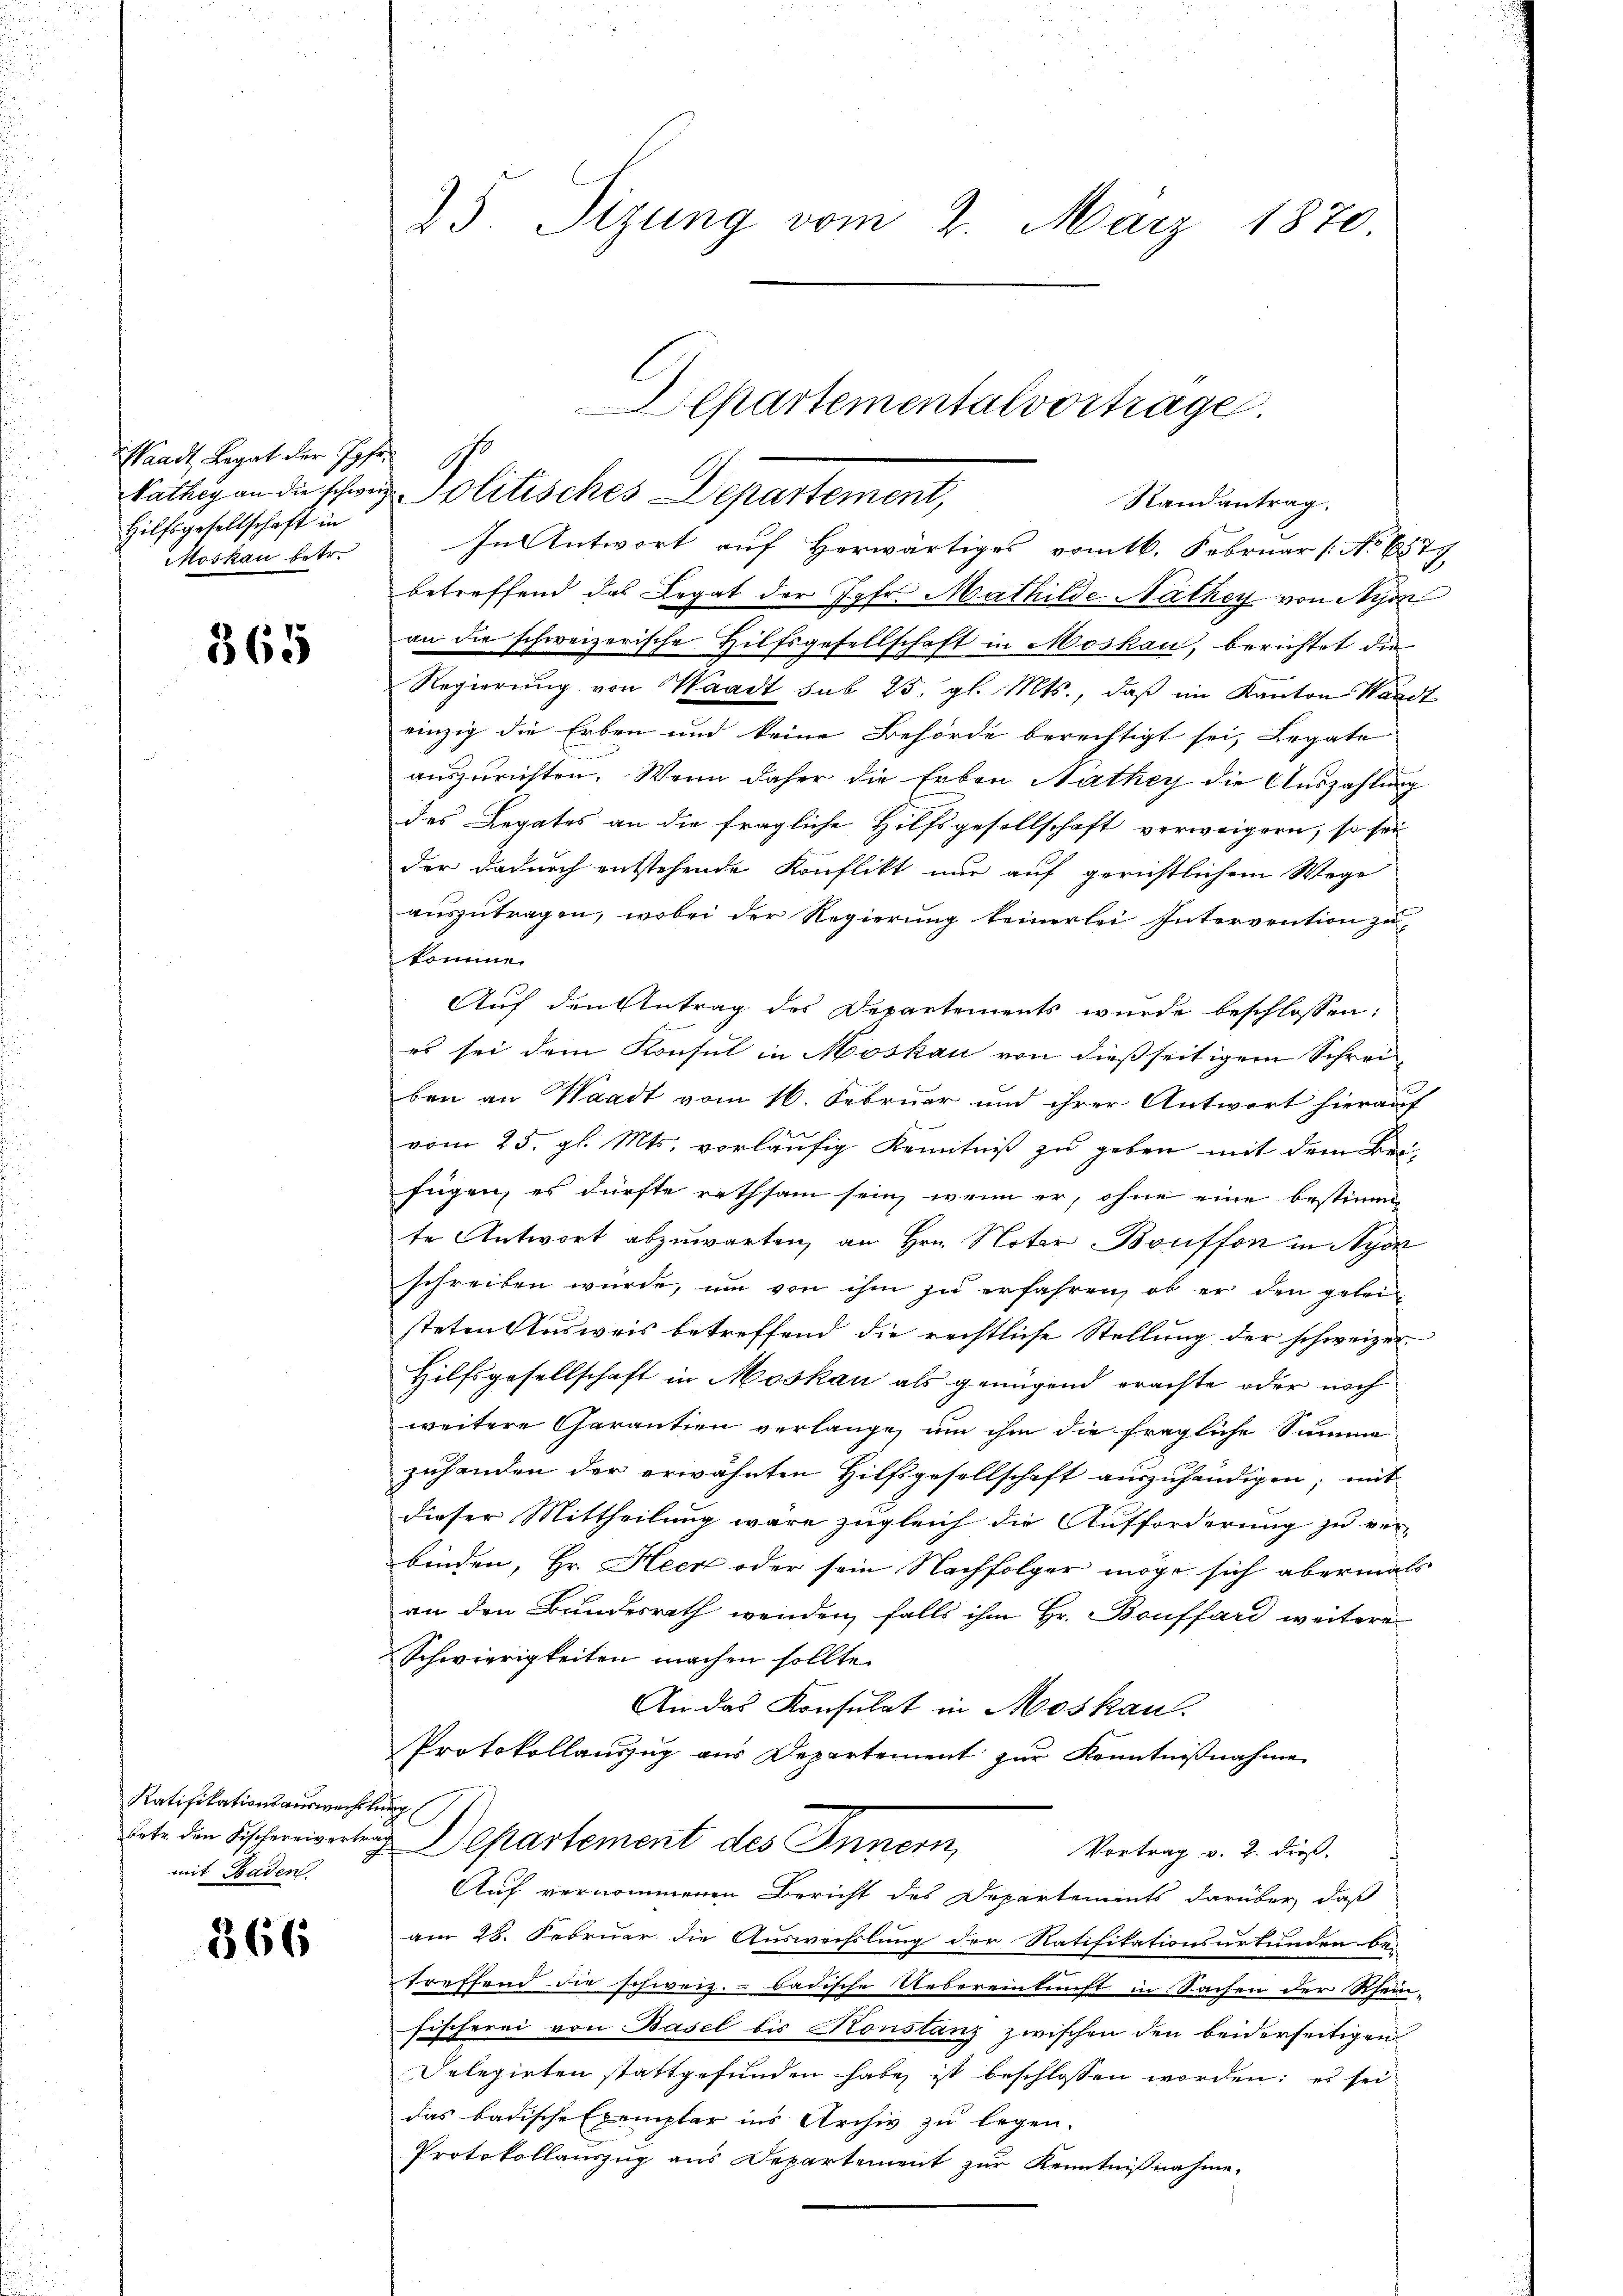
Waadt, Legat der Jgfr.
Hilfsgesellschaft in
Moskau betr.

365

Ratifikationsauswechslung
mit Baden

366

25. Sizung vom 2. März 1870

Patheg an die schweiz. Politisches Departement,

Departementalvortrage
Randantrag.

In Antwort auf Herwärtiges vom 16. Februar [No 6577
betreffend das Legat der Jgfr. Mathilde Nathey von Nyon
an die schweizerische Hilfsgesellschaft in Moskau, berichtet die
Regierung von Waadt sub 25. gl. Mts., daß im Kanton Waadt
einzig die Erben und keine Behörde berechtigt sei, Legate
auszurichten. Wenn daher die Erben Nathey die Auszahlung
des Legates an die fragliche Hilfsgesellschaft verweigern, so sei
der dadurch entstehende Konflikt nur auf gerichtlichem Wege
auszutragen, wobei der Regierung keinerlei Intervention zu
komme.
Auf den Antrag des Departements wurde beschlossen:
es sei dem Konsul in Moskau von dießseitigem Schreiben an Waadt vom 16. Februar und ihrer Antwort hierauf
vom 25. gl. Mts. vorläufig Kenntniß zu geben mit dem Bei-
fügen, es dürfte rathsam sein, wenn er, ohne eine bestimmte Antwort abzuwarten, an Hrn. Noter Bonffon in Nyon
schreiben würde, um von ihm zu erfahren, ob er den geleisteten Ausweis betreffend die rechtliche Stellung der schweizer
Hilfsgesellschaft in Moskau als genügend erachte oder noch
weitere Garantien verlange, um ihm die fragliche Summe
zuhanden der erwähnten Hilfsgesellschaft auszuhändigen; mit
dieser Mittheilung wäre zugleich die Aufforderung zu ver-
binden, Hr. Heck oder sein Nachfolger möge sich abermals
an den Bundesrath wenden, falls ihm Hr. Bonffard weitere
Schwierigkeiten machen sollte.
An das Konsulat in Moskau
Protokollauszug aus Departement zur Kenntniβnahme
dete den Fischereigerten Departement des Innern,
Vortrag v. 2. dieß
Auf vernommenen Bericht des Departements darüber daß
am 28. Februar die Auswechslung der Ratifikationsurkunden be-
treffend die schweiz. - badische Uebereinkunft in Sachen der Rhein-
Fischerei von Basel bis Konstanz zwischen den beiderseitigen
Selegirten stattgefunden habe, ist beschlossen worden; es sei
das badische Exemplar ins Archiv zu legen.
Protokollauszug aus Departement zur Kenntnißnahme,